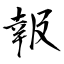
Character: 報